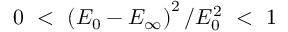
0 ~ < ~ \left( E _ { 0 } - E _ { \infty } \right) ^ { 2 } / E _ { 0 } ^ { 2 } ~ < ~ 1